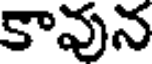
కావున